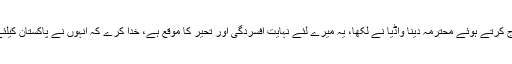
مہمانوں کی کتاب میں اپنے تاثرات درج کرتے ہوئے محترمہ دینا واڈیا نے لکھا، یہ میرے لئے نہایت افسردگی اور تحیّر کا موقع ہے، خدا کرے کہ انہوں نے پاکستان کیلئے جو خواب دیکھا تھا وہ پورا ہو جائے۔